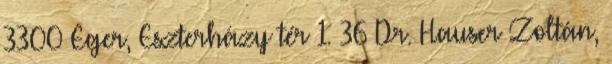
3300 Eger, Eszterházy tér 1. 36 Dr. Hauser Zoltán,